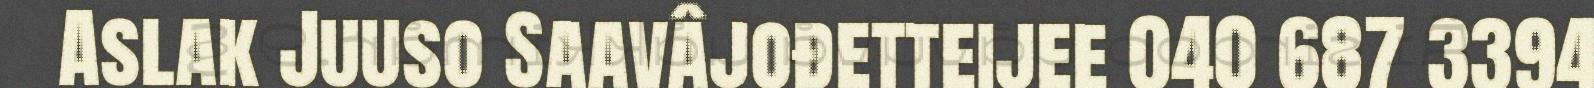
Aslak Juuso Saavâjođetteijee 040 687 3394